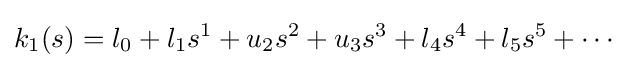
k_{1}(s)=l_{0}+l_{1}s^{1}+u_{2}s^{2}+u_{3}s^{3}+l_{4}s^{4}+l_{5}s^{5}+\cdots